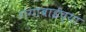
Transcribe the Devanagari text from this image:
गंगाबाईच्या